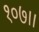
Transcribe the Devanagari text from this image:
१०७।।